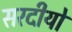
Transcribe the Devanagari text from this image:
सरदीयों